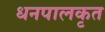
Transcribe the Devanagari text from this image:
धनपालकृत